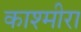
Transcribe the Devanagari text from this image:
काश्मीरा